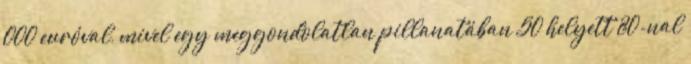
000 euróval, mivel egy meggondolatlan pillanatában 50 helyett 80-nal